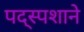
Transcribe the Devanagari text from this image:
पद्स्पशाने